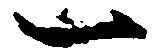
一